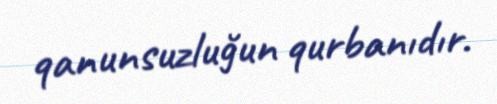
qanunsuzluğun qurbanıdır.